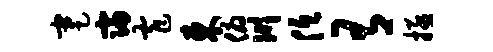
蹇寝窄东俯川低有拯